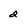
Character: 2